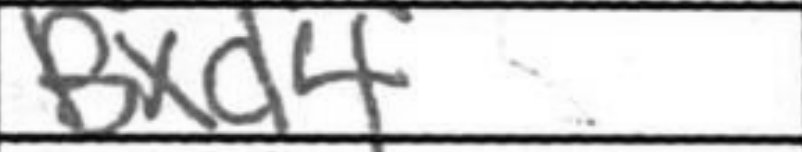
Transcription: Bxd4